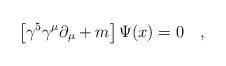
LaTeX: \begin{align*}\left [\gamma^5 \gamma^\mu \partial_\mu +m \right ]\Psi (x) = 0\quad,\end{align*}